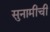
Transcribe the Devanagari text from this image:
सुनामीची